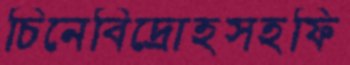
চিনেবিদ্রোহসহফি